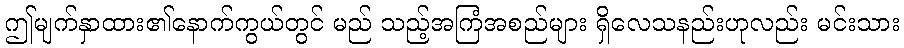
ဤမျက်နှာထား၏နောက်ကွယ်တွင် မည် သည့်အကြံအစည်များ ရှိလေသနည်းဟုလည်း မင်းသား